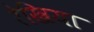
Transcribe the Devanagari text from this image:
रेखिया